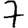
Digit: 7